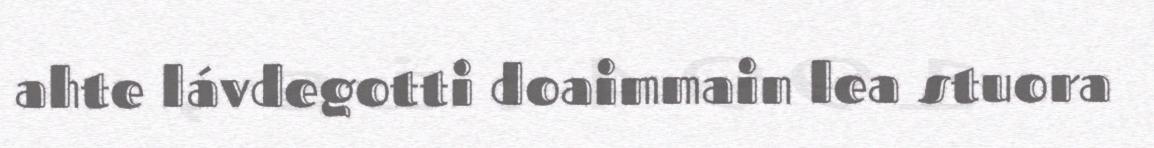
ahte lávdegotti doaimmain lea stuora